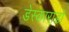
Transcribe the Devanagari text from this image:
डेस्काराडो